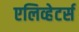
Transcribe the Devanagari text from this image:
एलिव्हेटर्स